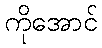
ကိုအောင်